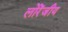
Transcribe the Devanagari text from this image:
लोरेंजीय